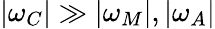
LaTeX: |\omega_{C}|\gg|\omega_{M}|,|\omega_{A}|